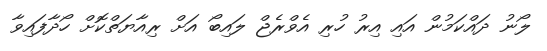
ލޯނު ދައްކަމުން އައި އިރު ހުރި އެވްރެޖް ލައިބޯ އަށް ރިއާޔަތްކޮށް ހޯދާފައިވާ